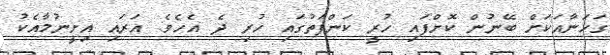
ގަހަނާއަކަށް ބޭނުން ކޮށްފައި ހުރީ ކަންފަތުގައި ހުރި ދެ އެހެވެ. އަރައި އިށީނުމާއެކު